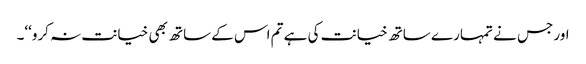
اور جس نے تمہارے ساتھ خیانت کی ہے تم اس کے ساتھ بھی خیانت نہ کرو‘‘۔